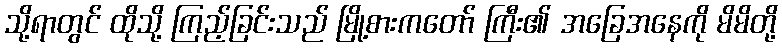
သို့ရာတွင် ထိုသို့ ကြည့်ခြင်းသည် မြို့စားကတော် ကြီး၏ အခြေအနေကို မိမိတို့